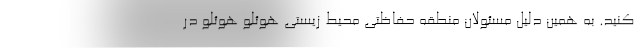
کنید. به همین دلیل مسئولان منطقه حفاظتی محیط زیستی هوئلو هوئلو در